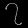
Digit: ၇